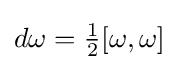
{\textstyle d\omega ={\tfrac {1}{2}}[\omega ,\omega ]}